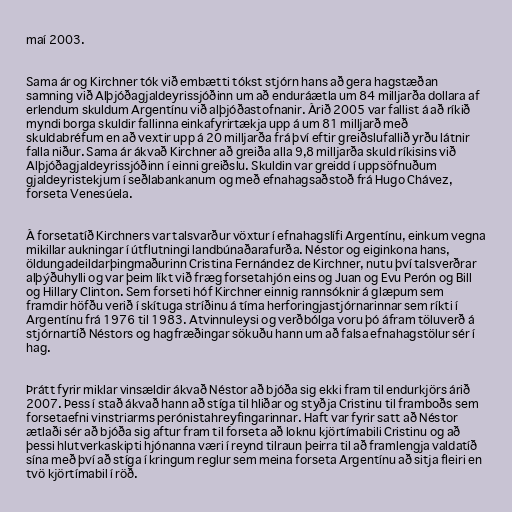
maí 2003.

Sama ár og Kirchner tók við embætti tókst stjórn hans að gera hagstæðan
samning við Alþjóðagjaldeyrissjóðinn um að enduráætla um 84 milljarða dollara af
erlendum skuldum Argentínu við alþjóðastofnanir. Árið 2005 var fallist á að ríkið
myndi borga skuldir fallinna einkafyrirtækja upp á um 81 milljarð með
skuldabréfum en að vextir upp á 20 milljarða frá því eftir greiðslufallið yrðu látnir
falla niður. Sama ár ákvað Kirchner að greiða alla 9,8 milljarða skuld ríkisins við
Alþjóðagjaldeyrissjóðinn í einni greiðslu. Skuldin var greidd í uppsöfnuðum
gjaldeyristekjum í seðlabankanum og með efnahagsaðstoð frá Hugo Chávez,
forseta Venesúela.

Á forsetatíð Kirchners var talsvarður vöxtur í efnahagslífi Argentínu, einkum vegna
mikillar aukningar í útflutningi landbúnaðarafurða. Néstor og eiginkona hans,
öldungadeildarþingmaðurinn Cristina Fernández de Kirchner, nutu því talsverðrar
alþýðuhylli og var þeim líkt við fræg forsetahjón eins og Juan og Evu Perón og Bill
og Hillary Clinton. Sem forseti hóf Kirchner einnig rannsóknir á glæpum sem
framdir höfðu verið í skítuga stríðinu á tíma herforingjastjórnarinnar sem ríkti í
Argentínu frá 1976 til 1983. Atvinnuleysi og verðbólga voru þó áfram töluverð á
stjórnartíð Néstors og hagfræðingar sökuðu hann um að falsa efnahagstölur sér í
hag.

Þrátt fyrir miklar vinsældir ákvað Néstor að bjóða sig ekki fram til endurkjörs árið
2007. Þess í stað ákvað hann að stíga til hliðar og styðja Cristinu til framboðs sem
forsetaefni vinstriarms perónistahreyfingarinnar. Haft var fyrir satt að Néstor
ætlaði sér að bjóða sig aftur fram til forseta að loknu kjörtímabili Cristinu og að
þessi hlutverkaskipti hjónanna væri í reynd tilraun þeirra til að framlengja valdatíð
sína með því að stíga í kringum reglur sem meina forseta Argentínu að sitja fleiri en
tvö kjörtímabil í röð.